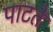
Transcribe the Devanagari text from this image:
पाटते